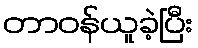
တာဝန်ယူခဲ့ပြီး